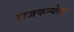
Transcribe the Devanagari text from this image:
राजकन्येला